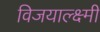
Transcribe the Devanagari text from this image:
विजयाल्क्ष्मी